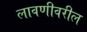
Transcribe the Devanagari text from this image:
लावणीवरील